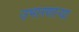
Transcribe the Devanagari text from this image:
उभारणार्‍या